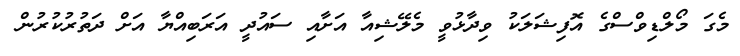
މެގަ މޯލްޑިވްސްގެ އޮފިޝަލަކު ވިދާޅުވީ މެލޭޝިއާ އަށާއި ސައުދީ އަރަބިއްޔާ އަށް ދަތުރުކުރުން